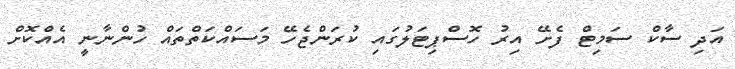
އަދި ސާކް ސަމިޓް ފެށޭ އިރު ހޮސްޕިޓަލުގައި ކުރަންޖެހޭ މަސައްކަތްތައް ހުންނާނީ އެއްކޮށް